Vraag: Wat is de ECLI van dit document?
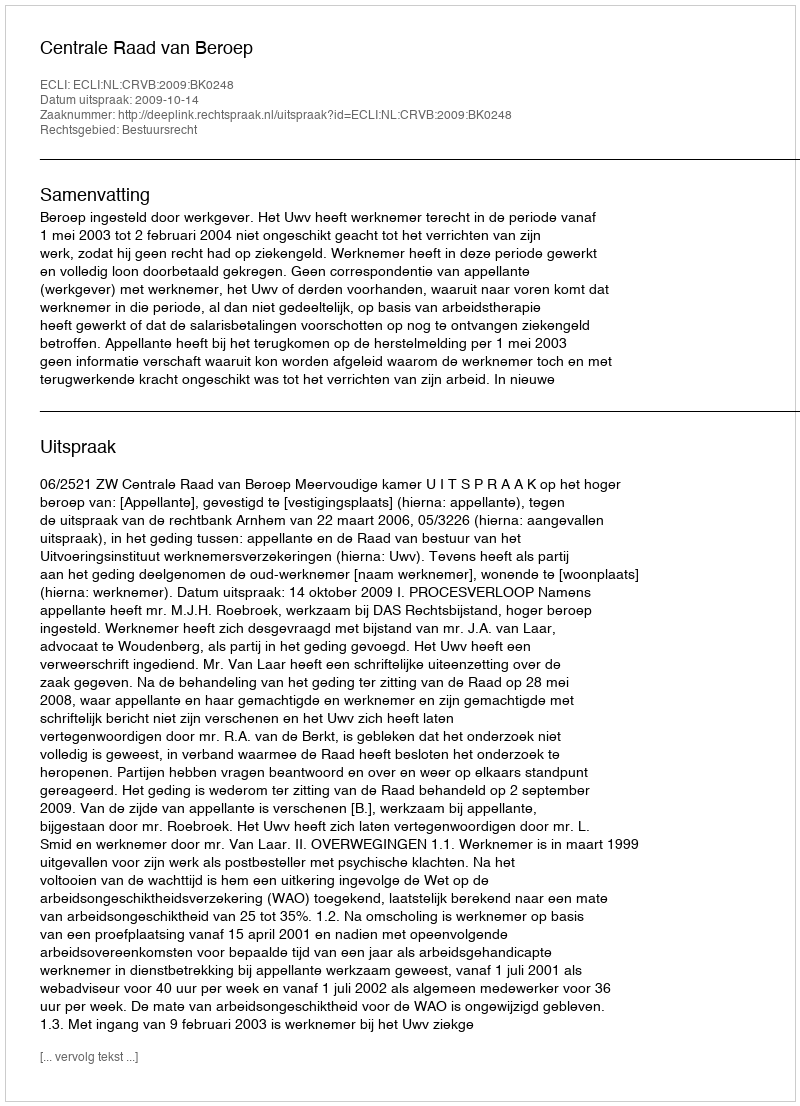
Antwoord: ECLI:NL:CRVB:2009:BK0248